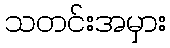
သတင်းအမှား